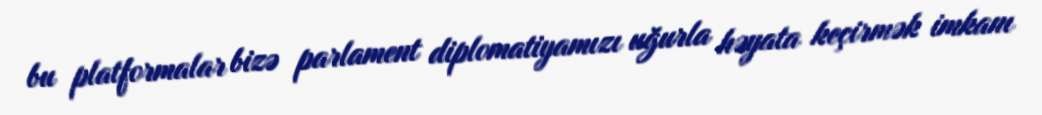
bu platformalar bizə parlament diplomatiyamızı uğurla həyata keçirmək imkanı